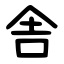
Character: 舎